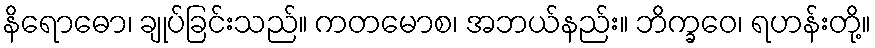
နိရောဓော၊ ချုပ်ခြင်းသည်။ ကတမောစ၊ အဘယ်နည်း။ ဘိက္ခဝေ၊ ရဟန်းတို့။